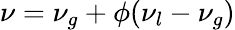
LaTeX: \nu=\nu_{g}+\phi(\nu_{l}-\nu_{g})